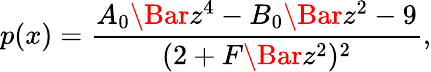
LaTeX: p(x)=\frac{A_{0}\Bar{z}^{4}-B_{0}\Bar{z}^{2}-9}{(2+F\Bar{z}^{2})^{2}},